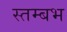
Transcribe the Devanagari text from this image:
स्तम्बभ